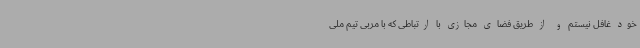
خود غافل نیستم و از طریق فضای مجازی با ارتباطی که با مربی تیم ملی